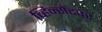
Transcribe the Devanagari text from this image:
व्हिन्सेंटवर